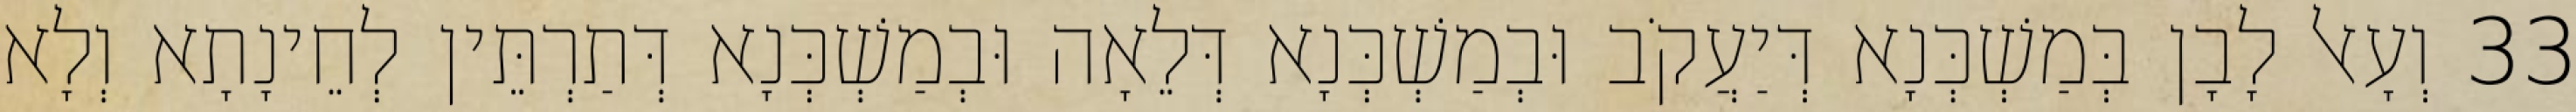
33 וְעָאל לָבָן בְּמַשְׁכְּנָא דְּיַעֲקֹב וּבְמַשְׁכְּנָא דְּלֵאָה וּבְמַשְׁכְּנָא דְּתַרְתֵּין לְחֵינָתָא וְלָא